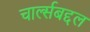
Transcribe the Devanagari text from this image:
चार्ल्सबद्दल